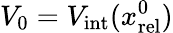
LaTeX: V_{0}=V_{\mathrm{int}}(x_{\mathrm{rel}}^{0})